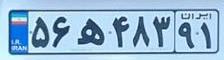
۵۶ه۴۸۳۹۱